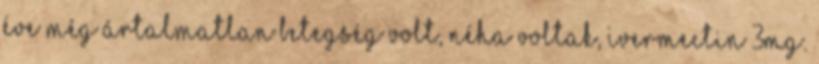
éve még ártalmatlan betegség volt, néha voltak, ivermectin 3mg.